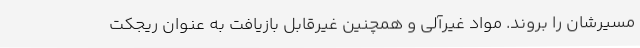
مسیر‌شان را بروند. مواد غیرآلی و همچنین غیرقابل بازیافت به عنوان ریجکت